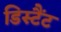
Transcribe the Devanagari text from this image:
डिस्टैंट